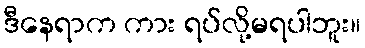
ဒီနေရာက ကား ရပ်လို့မရပါဘူး။